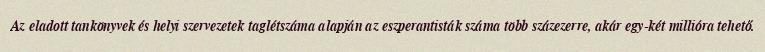
Az eladott tankönyvek és helyi szervezetek taglétszáma alapján az eszperantisták száma több százezerre, akár egy-két millióra tehető.